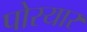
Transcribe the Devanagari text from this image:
पोरयार